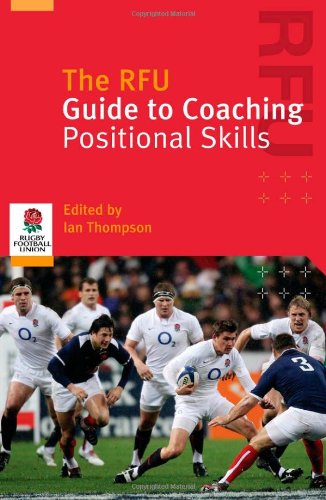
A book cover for The RFU Guide to Coaching Positional Skills; Ian Thompson; Sports & Outdoors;